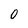
Character: O